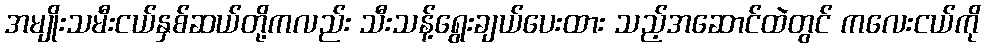
အမျိုးသမီးငယ်နှစ်ဆယ်တို့ကလည်း သီးသန့်ရွေးချယ်ပေးထား သည့်အဆောင်ထဲတွင် ကလေးငယ်ကို